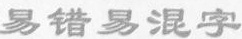
易错易混字